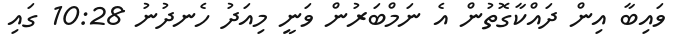
ވައިބާ އިން ދައްކާގޮތުން އެ ނަމްބަރުން ވަނީ މިއަދު ހެނދުނު 10:28 ގައި